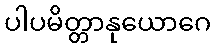
ပါပမိတ္တာနုယောဂေ